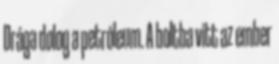
Drága dolog a petróleum. A boltba vitt az ember